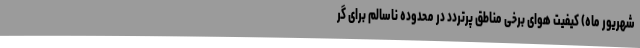
شهریور ماه) کیفیت هوای برخی مناطق پرتردد در محدوده ناسالم برای گر